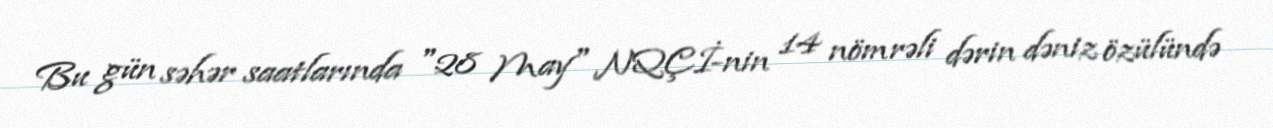
Bu gün səhər saatlarında "28 May" NQÇİ-nin 14 nömrəli dərin dəniz özülündə